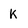
Character: K